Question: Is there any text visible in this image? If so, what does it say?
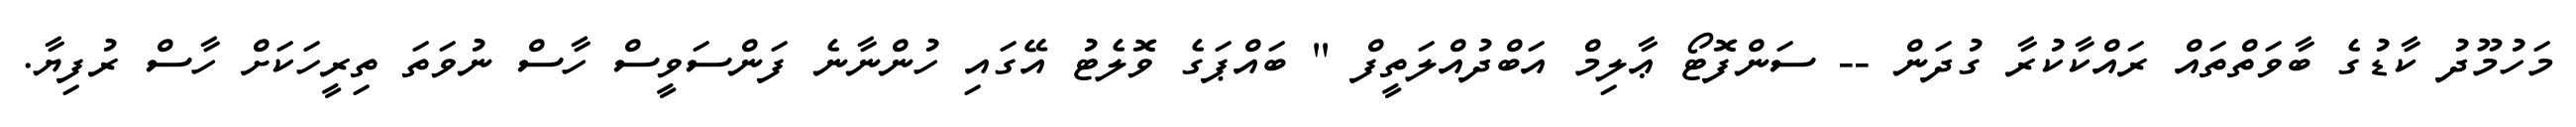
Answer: މަހުމޫދު ކާޑުގެ ބާވަތްތައް ރައްކާކުރާ ގުދަން -- ސަންފޮޓޯ ޢާލިމް އަބްދުއްލަތީފް " ބައްޕަގެ ވޮލެޓު އޭގައި ހުންނާނެ ފަންސަވީސް ހާސް ނުވަތަ ތިރީހަކަށް ހާސް ރުފިޔާ.